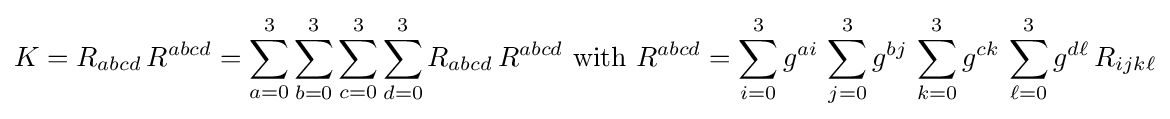
K=R_{abcd}\,R^{abcd}=\sum _{a=0}^{3}\sum _{b=0}^{3}\sum _{c=0}^{3}\sum _{d=0}^{3}R_{abcd}\,R^{abcd}{\text{ with }}R^{abcd}=\sum _{i=0}^{3}g^{ai}\,\sum _{j=0}^{3}g^{bj}\,\sum _{k=0}^{3}g^{ck}\,\sum _{\ell =0}^{3}g^{d\ell }\,R_{ijk\ell }